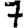
Digit: 7